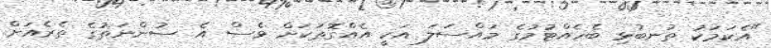
"އެކަމަކު ތުނބުޅި ބެހެއްޓުމުގެ މައްސަލަ އަކީ އެއްގޮތަކަށް ވެސް އެ ސުންނަތުގެ ތެރެއަށް